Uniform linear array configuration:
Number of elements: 64
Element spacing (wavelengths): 0.5
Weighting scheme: blackman
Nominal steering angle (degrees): -30
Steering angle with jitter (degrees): -30.251
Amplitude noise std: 0.05
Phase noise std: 0.05

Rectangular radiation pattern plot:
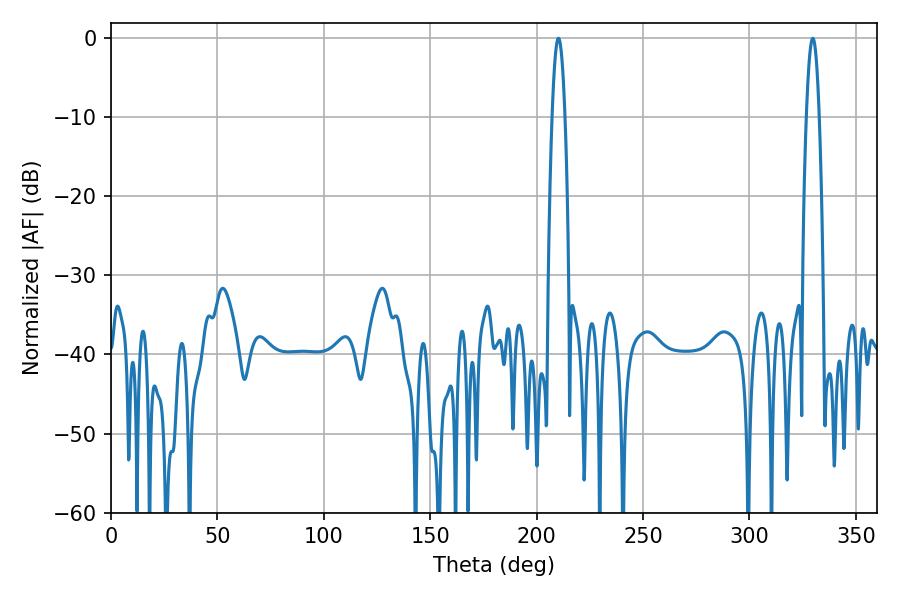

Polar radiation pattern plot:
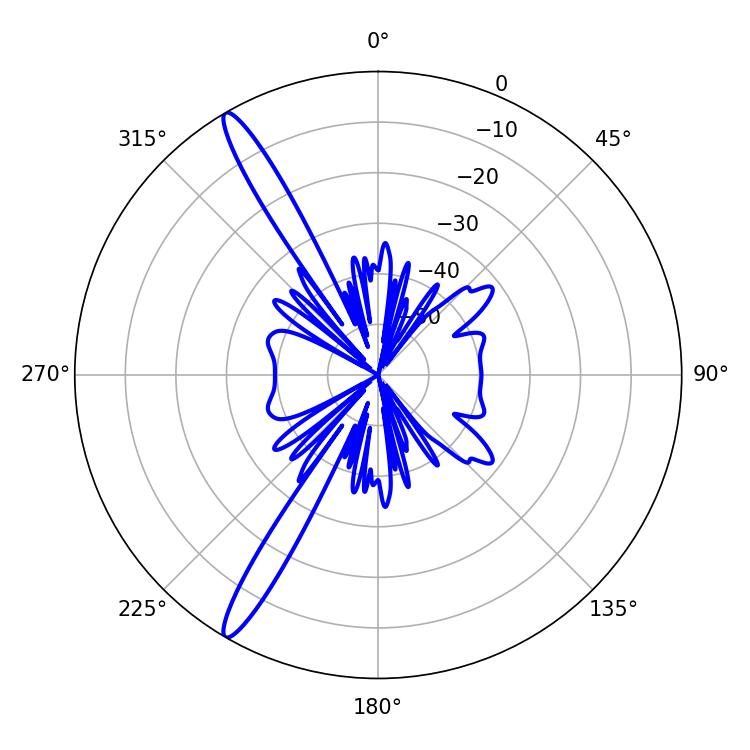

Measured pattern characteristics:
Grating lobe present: FALSE
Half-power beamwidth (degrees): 3.24
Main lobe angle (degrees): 210.24